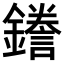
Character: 𮣖